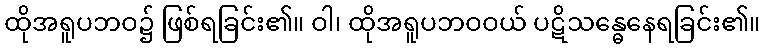
ထိုအရူပဘဝ၌ ဖြစ်ရခြင်း၏။ ဝါ၊ ထိုအရူပဘဝဝယ် ပဋိသန္ဓေနေရခြင်း၏။